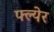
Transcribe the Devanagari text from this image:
फ्ल्येर